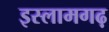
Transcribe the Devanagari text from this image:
इस्लामगढ़